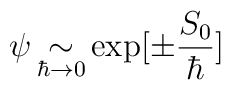
\psi \mathop{\sim}\limits_{\hbar \rightarrow 0} \exp[\pm \frac{S_0}{\hbar}]